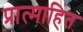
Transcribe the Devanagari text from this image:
प्रात्माहित